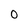
Character: 0